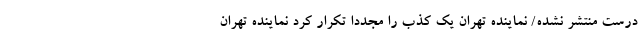
درست منتشر نشده/ نماینده تهران یک کذب را مجددا تکرار کرد نماینده تهران